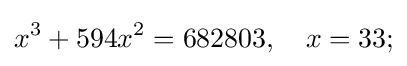
x^{3}+594x^{2}=682803,\quad x=33;